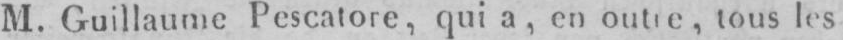
tous les